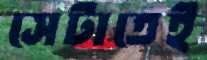
সেটাতেই